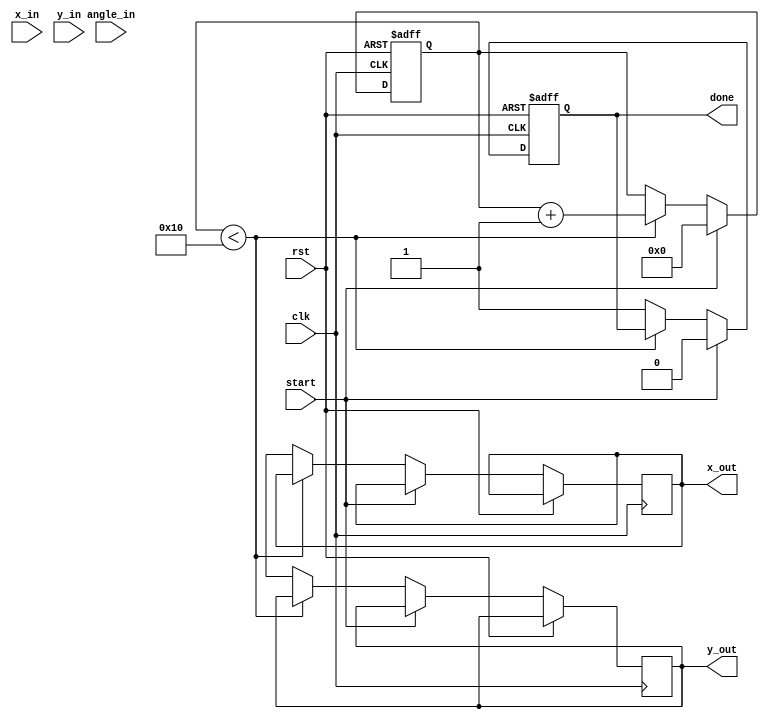
module pipeline_cordic (
    input wire clk,
    input wire rst,
    input wire start,
    input wire [15:0] x_in,
    input wire [15:0] y_in,
    input wire [15:0] angle_in,
    output reg [15:0] x_out,
    output reg [15:0] y_out,
    output reg done
);

    // CORDIC parameters
    parameter NUM_STAGES = 16;
    reg [15:0] angle_table [0:NUM_STAGES-1]; // Angle table
    initial begin
        // Precomputed angles for CORDIC
        angle_table[0] = 16'h2000; // atan(2^-0)
        angle_table[1] = 16'h1666; // atan(2^-1)
        angle_table[2] = 16'h0D89; // atan(2^-2)
        angle_table[3] = 16'h0A3D; // atan(2^-3)
        angle_table[4] = 16'h0523; // atan(2^-4)
        angle_table[5] = 16'h028F; // atan(2^-5)
        angle_table[6] = 16'h0143; // atan(2^-6)
        angle_table[7] = 16'h00A2; // atan(2^-7)
        angle_table[8] = 16'h0051; // atan(2^-8)
        angle_table[9] = 16'h0028; // atan(2^-9)
        angle_table[10] = 16'h0014; // atan(2^-10)
        angle_table[11] = 16'h000A; // atan(2^-11)
        angle_table[12] = 16'h0005; // atan(2^-12)
        angle_table[13] = 16'h0002; // atan(2^-13)
        angle_table[14] = 16'h0001; // atan(2^-14)
        angle_table[15] = 16'h0000; // atan(2^-15)
    end

    reg [15:0] x[0:NUM_STAGES-1]; // Stage registers for x
    reg [15:0] y[0:NUM_STAGES-1]; // Stage registers for y
    reg [15:0] angle[0:NUM_STAGES-1]; // Stage registers for angle
    reg [3:0] stage; // Current stage counter

    // Control logic
    always @(posedge clk or posedge rst) begin
        if (rst) begin
            stage <= 0;
            done <= 0;
        end else if (start) begin
            // Initialize first stage
            x[0] <= x_in;
            y[0] <= y_in;
            angle[0] <= angle_in;
            stage <= 0;
            done <= 0;
        end else if (stage < NUM_STAGES) begin
            // Compute CORDIC rotation
            if (angle[stage] < 0) begin
                x[stage + 1] <= x[stage] + (y[stage] >> stage);
                y[stage + 1] <= y[stage] - (x[stage] >> stage);
                angle[stage + 1] <= angle[stage] + angle_table[stage];
            end else begin
                x[stage + 1] <= x[stage] - (y[stage] >> stage);
                y[stage + 1] <= y[stage] + (x[stage] >> stage);
                angle[stage + 1] <= angle[stage] - angle_table[stage];
            end
            stage <= stage + 1;
        end else begin
            // Final output
            x_out <= x[NUM_STAGES];
            y_out <= y[NUM_STAGES];
            done <= 1;
        end
    end
endmodule